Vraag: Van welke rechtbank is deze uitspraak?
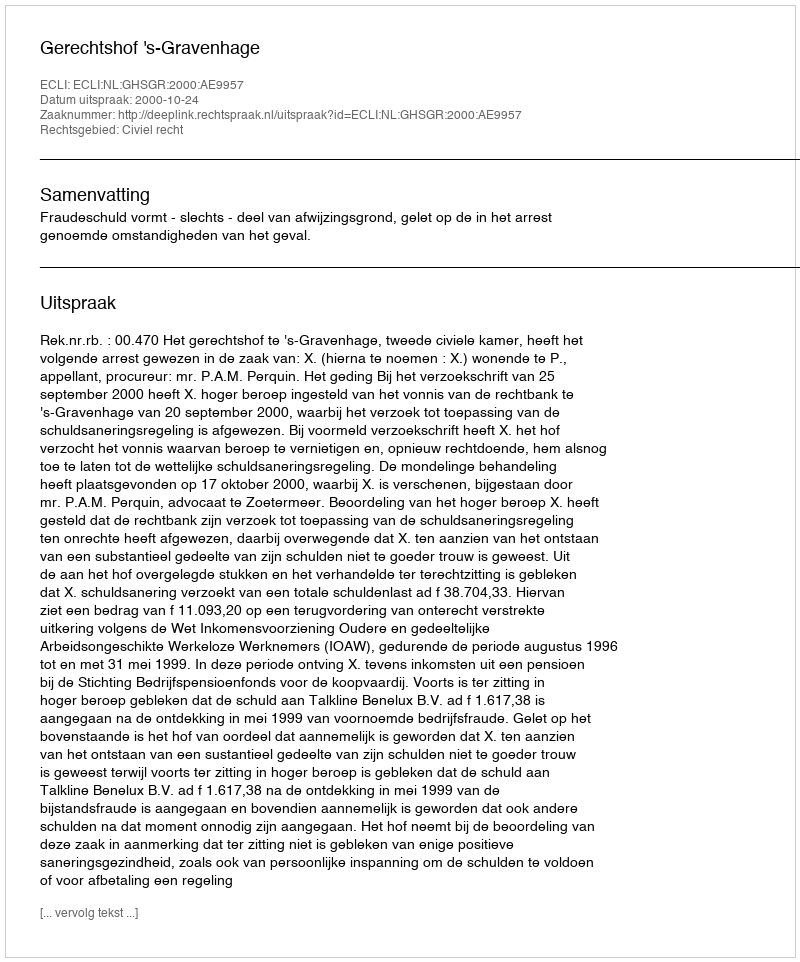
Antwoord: Gerechtshof 's-Gravenhage